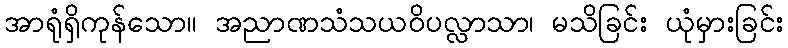
အာရုံရှိကုန်သော။ အညာဏသံသယဝိပလ္လာသာ၊ မသိခြင်း ယုံမှားခြင်း